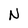
Character: N